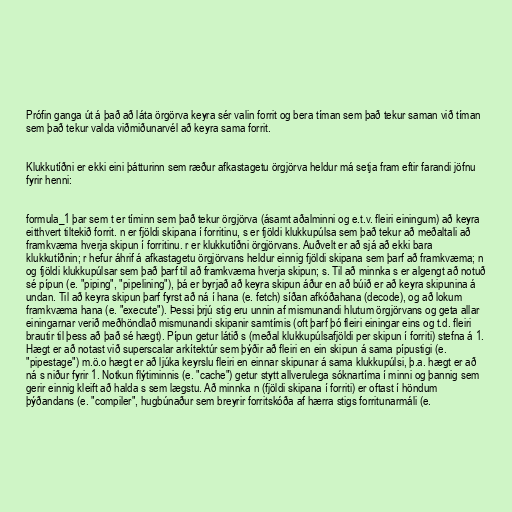
Prófin ganga út á það að láta örgörva keyra sér valin forrit og bera tíman sem það tekur saman við tíman
sem það tekur valda viðmiðunarvél að keyra sama forrit.

Klukkutíðni er ekki eini þátturinn sem ræður afkastagetu örgjörva heldur má setja fram eftir farandi jöfnu
fyrir henni:

formula_1 þar sem t er tíminn sem það tekur örgjörva (ásamt aðalminni og e.t.v. fleiri einingum) að keyra
eitthvert tiltekið forrit. n er fjöldi skipana í forritinu, s er fjöldi klukkupúlsa sem það tekur að meðaltali að
framkvæma hverja skipun í forritinu. r er klukkutíðni örgjörvans. Auðvelt er að sjá að ekki bara
klukkutíðnin; r hefur áhrif á afkastagetu örgjörvans heldur einnig fjöldi skipana sem þarf að framkvæma; n
og fjöldi klukkupúlsar sem það þarf til að framkvæma hverja skipun; s. Til að minnka s er algengt að notuð
sé pípun (e. "piping", "pipelining"), þá er byrjað að keyra skipun áður en að búið er að keyra skipunina á
undan. Til að keyra skipun þarf fyrst að ná í hana (e. fetch) síðan afkóðahana (decode), og að lokum
framkvæma hana (e. "execute"). Þessi þrjú stig eru unnin af mismunandi hlutum örgjörvans og geta allar
einingarnar verið meðhöndlað mismunandi skipanir samtímis (oft þarf þó fleiri einingar eins og t.d. fleiri
brautir til þess að það sé hægt). Pípun getur látið s (meðal klukkupúlsafjöldi per skipun í forriti) stefna á 1.
Hægt er að notast við superscalar arkítektúr sem þýðir að fleiri en ein skipun á sama pípustigi (e.
"pipestage") m.ö.o hægt er að ljúka keyrslu fleiri en einnar skipunar á sama klukkupúlsi, þ.a. hægt er að
ná s niður fyrir 1. Notkun flýtiminnis (e. "cache") getur stytt allverulega sóknartíma í minni og þannig sem
gerir einnig kleift að halda s sem lægstu. Að minnka n (fjöldi skipana í forriti) er oftast í höndum
þýðandans (e. "compiler", hugbúnaður sem breyrir forritskóða af hærra stigs forritunarmáli (e.